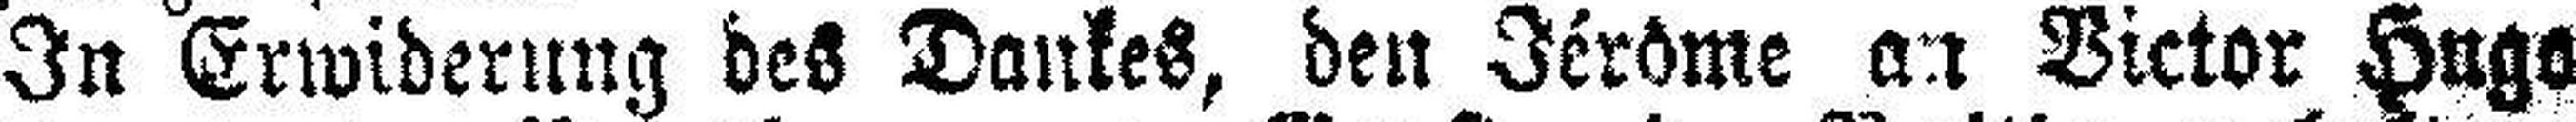
In Erwiderung des Dankes, den Jérôme an Victor Hugo